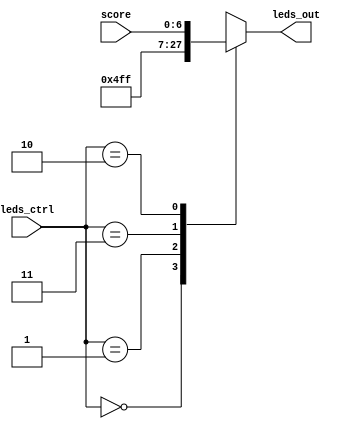
module ledmux(score, leds_ctrl, leds_out);
  `define OFF 7'b0000000
  `define ON 7'b1111111
  
  input wire[6:0] score;
  input wire[1:0] leds_ctrl;
  
  output reg[6:0] leds_out;
  
  always@(leds_ctrl or score)
  begin
    case(leds_ctrl)
      2'b00:  leds_out = `OFF;
      2'b01:  leds_out = 7'b0001001;
      2'b11:  leds_out = `ON;
      2'b10:  leds_out = score;
      default: leds_out = 7'b1010101;
    endcase
  end  
 endmodule